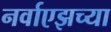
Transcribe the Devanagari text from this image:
नर्वाएझच्या